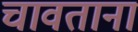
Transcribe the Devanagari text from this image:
चावताना